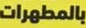
بالمطهرات